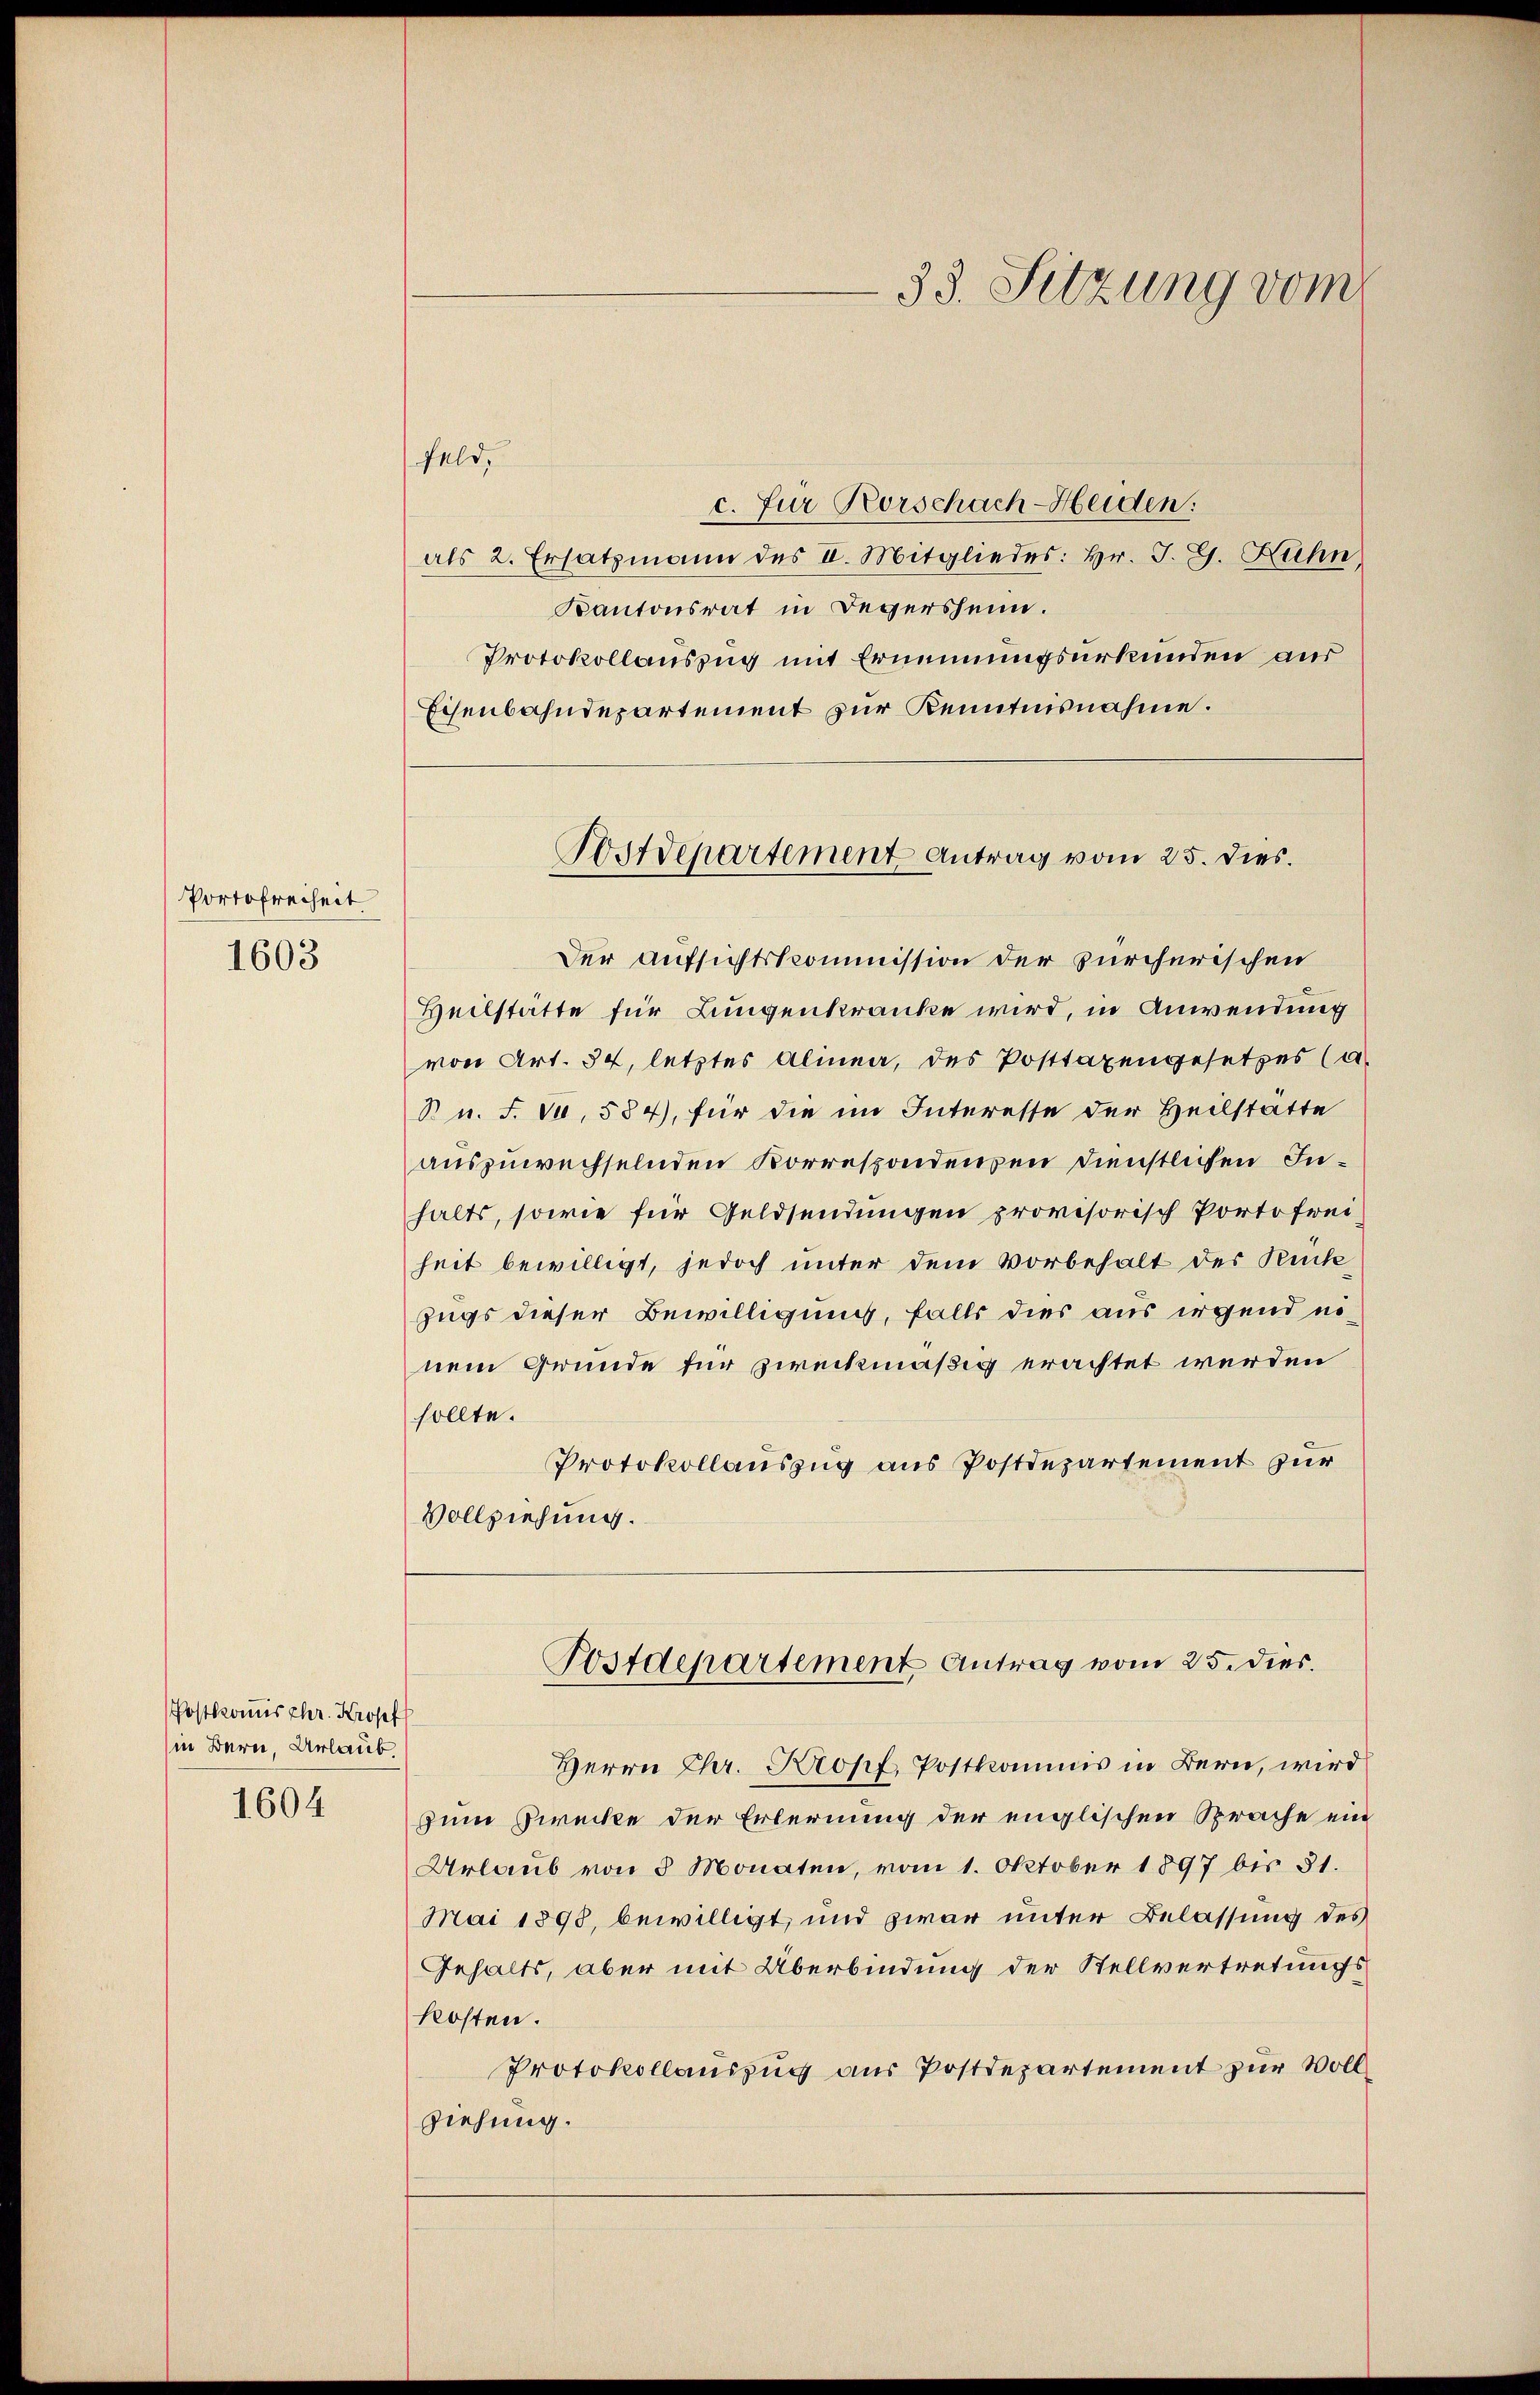
Portofreiheit
1603

1604

Postkomischr. Kropf
in Bern, Urlaub

Feld,
c. Für Rorschach-Heiden:
als 2. Ersatzmann des II. Mitgliedes: Hr. J. G. Kuhn,
Kantonsrat in Beversheim.
Protokollauszug mit Ernennungsurkunden aus
Eisenbahndepartement zur Kenntnisnahme.
Der Aufsichtskommission der zürcherischen
Heilstätte für Lungenkranke wird, in Anwendung
von Art. 34, letztes Alinea, des Posttaxengesetzes (a.
B n. F. J., 584), für die im Interesse der Heilstatte
auszuwechselnden Korrespondenzen dienstlichen Inhalts, sowie für Geldsendungen provisorisch Portofreiheit bewilligt, jedoch unter dem Vorbehalt der Rückzugs dieser Bewilligung, falls dies aus irgend ni
nem Grunde für zweckmäßig erachtet werden
sollte.
Protokollauszug aus Postdepartement zur
Vollziehung.

Sostdepartement Antrag vom 25. dies.

33. Sitzung vom

Postdepartement Antrag vom 25. dies

Herrn Chr. Propf, Postkommis in Bern, wird
zum Zwecke der Erlernung der englischen Sprache ein
Urlaub von 3 Monaten, vom 1. Oktober 1897 bis 51.
Mai 1898, bewilligt, und zwar unter Belassung des
Gehalts, aber mit Überbindung der Stellvertretungskosten.
Protokollauszug aus Postdepartement zur Vollziehung.